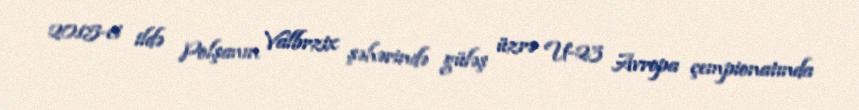
2015-ci ildə Polşanın Valbrzix şəhərində güləş üzrə U-23 Avropa çempionatında